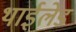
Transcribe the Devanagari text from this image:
थाईलेंड